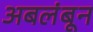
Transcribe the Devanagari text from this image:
अबलंबून